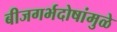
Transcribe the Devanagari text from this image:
बीजगर्भदोषांमुळे